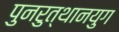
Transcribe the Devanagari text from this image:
पुनरुत्थानयुग